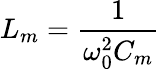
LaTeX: L_{m}=\frac{1}{\omega_{0}^{2}C_{m}}